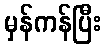
မှန်ကန်ပြီး